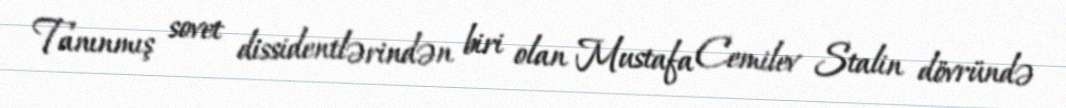
Tanınmış sovet dissidentlərindən biri olan Mustafa Cemilev Stalin dövründə